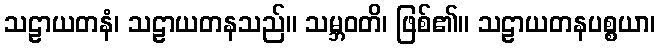
သဠာယတနံ၊ သဠာယတနသည်။ သမ္ဘဝတိ၊ ဖြစ်၏။ သဠာယတနပစ္စယာ၊